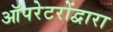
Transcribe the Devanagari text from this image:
ऑपरेटरोंद्वारा